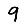
Digit: 9